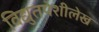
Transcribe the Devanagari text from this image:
विद्युतपेशीलेख